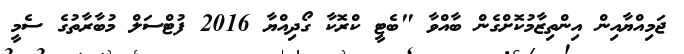
ޖަމިއްޔާއިން އިންތިޒާމުކޮށްގެން ބާއްވާ "ބެޓީ ކްރޮކާ ގޯދިއްޔާ 2016 ފުޓްސަލް މުބާރާތުގެ ސެމީ